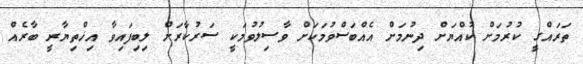
ތަރައްގީ ކުރުމަށް ކުއްޔަށް ދިނުމަށް އެއްބަސްވުމަކަށް ވާސިލުވުމަކީ ސަރުކާރަށް ލިބިފައިވާ އިޚްތިޔާރީ ބާރެއް